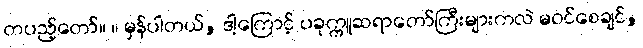
တပည့်တော်။ ။ မှန်ပါတယ်, ဒါ့ကြောင့် ပခုက္ကူဆရာတော်ကြီးများကလဲ မဝင်စေချင်,